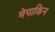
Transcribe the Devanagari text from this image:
मेपाकिन